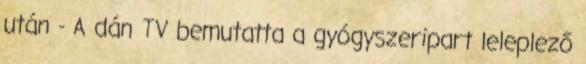
után - A dán TV bemutatta a gyógyszeripart leleplező